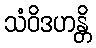
သံဝိဒဟန္တိ